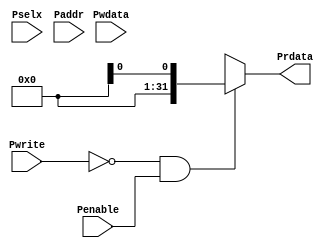
`timescale 1ns / 1ps
//////////////////////////////////////////////////////////////////////////////////
// 
//
// Design Name: 
// Module Name: APB_Slave
// Project Name: AHB2APB Bridge 
//////////////////////////////////////////////////////////////////////////////////


module APB_Slave(Pwrite, Pselx, Penable, Paddr, Pwdata, Prdata);

//Port Declarations:
input Pwrite,Penable;
input [2:0] Pselx;
input [31:0] Pwdata,Paddr;
output reg [31:0] Prdata;


//Generating Prdata:
always@(*)
begin
    if (~Pwrite && Penable)
        Prdata=$random;
    else
        Prdata=32'hxx;
end


endmodule